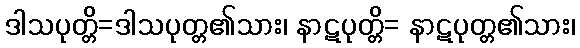
ဒါသပုတ္တိ=ဒါသပုတ္တ၏သား၊ နာဋပုတ္တိ= နာဋပုတ္တ၏သား၊